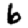
Digit: 6